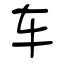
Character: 车